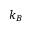
k _ { B }